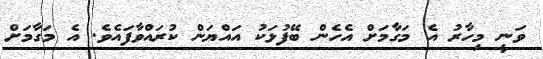
ވަނީ މިހާރު އެ މަގާމަށް އެހެން ބޭފުޅަކު އައްޔަން ކުރައްވާފައެވެ. އެ މަގާމަށް